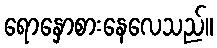
ရောနှောစားနေလေသည်။